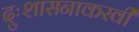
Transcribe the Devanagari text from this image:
दुःशासनाकरवी